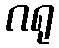
ဂရု